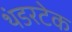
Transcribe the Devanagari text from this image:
थंडरटेक